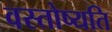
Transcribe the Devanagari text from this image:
वस्तोष्यति